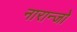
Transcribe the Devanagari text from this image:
नारान्जो